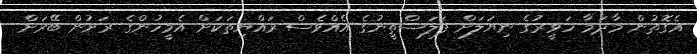
އެގޮތުން މާދަމާ ހަވީރުގެ ނިޔަލަށް ފަލަސްތީނުގެ އެއްވެސް ރައްޔިތަކަށް އެމީހުންގެ ރަށުން ބޭރަށް